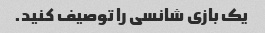
یک بازی شانسی را توصیف کنید.